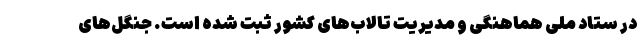
در ستاد ملی هماهنگی و مدیریت تالاب‌های کشور ثبت شده است. جنگل‌های